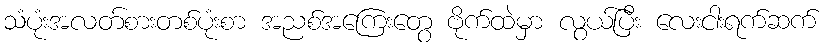
သံပုံးအလတ်စားတစ်ပုံးစာ အညစ်အကြေးတွေ ဗိုက်ထဲမှာ လွယ်ပြီး လေးငါးရက်ဆက်